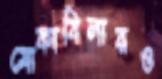
মোকাবিলারও